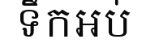
ទឹកអប់